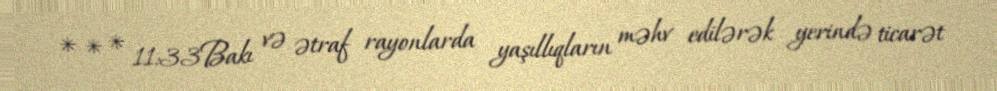
* * * 11:33Bakı və ətraf rayonlarda yaşıllıqların məhv edilərək yerində ticarət